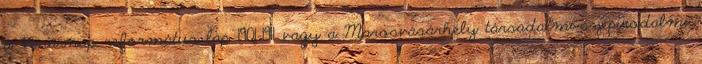
a Vasárnap református lap 1901–1911 vagy a Marosvásárhely társadalmi-szépirodalmi